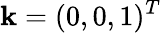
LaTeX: {\mathbf k}=(0,0,1)^{T}